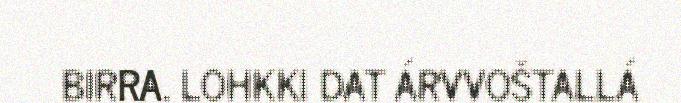
BIRRA. LOHKKI DAT ÁRVVOŠTALLÁ